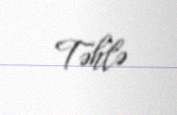
Təhlə